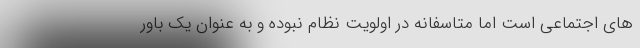
های اجتماعی است اما متاسفانه در اولویت نظام نبوده و به عنوان یک باور